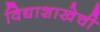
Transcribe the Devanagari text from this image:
विद्याशाखेची